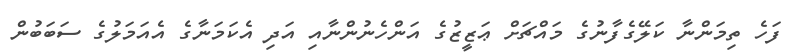
ފަހެ ތިމަންނާ ކަލޭގެފާނުގެ މައްޗަށް ޢަޒީޒުގެ އަންހެނުންނާއި އަދި އެކަމަނާގެ އެއަމަލުގެ ސަބަބުން